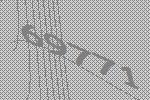
69771